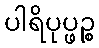
ပါရိပုပ္ဖဉ္စ